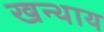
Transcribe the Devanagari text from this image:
खन्थाय